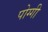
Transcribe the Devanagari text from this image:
पोग्गी